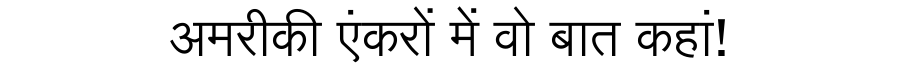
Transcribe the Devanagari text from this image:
अमरीकी एंकरों में वो बात कहां!